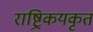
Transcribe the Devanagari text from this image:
राष्ट्रिकयकृत